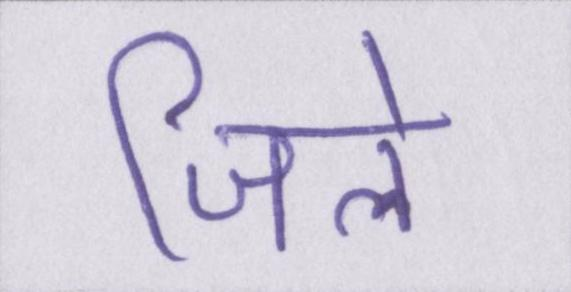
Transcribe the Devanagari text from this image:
जिले